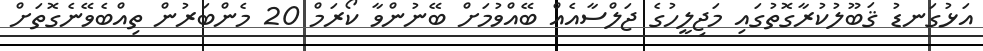
އަޅުގަނޑު ޤަބޫލުކުރާގޮތުގައި މަޖިލީހުގެ ޖަލްސާއެއް ބޭއްވުމަށް ބޭނުންވާ ކޯރަމް 20 މެންބަރުން ތިއްބެވޭނެގޮތަށް